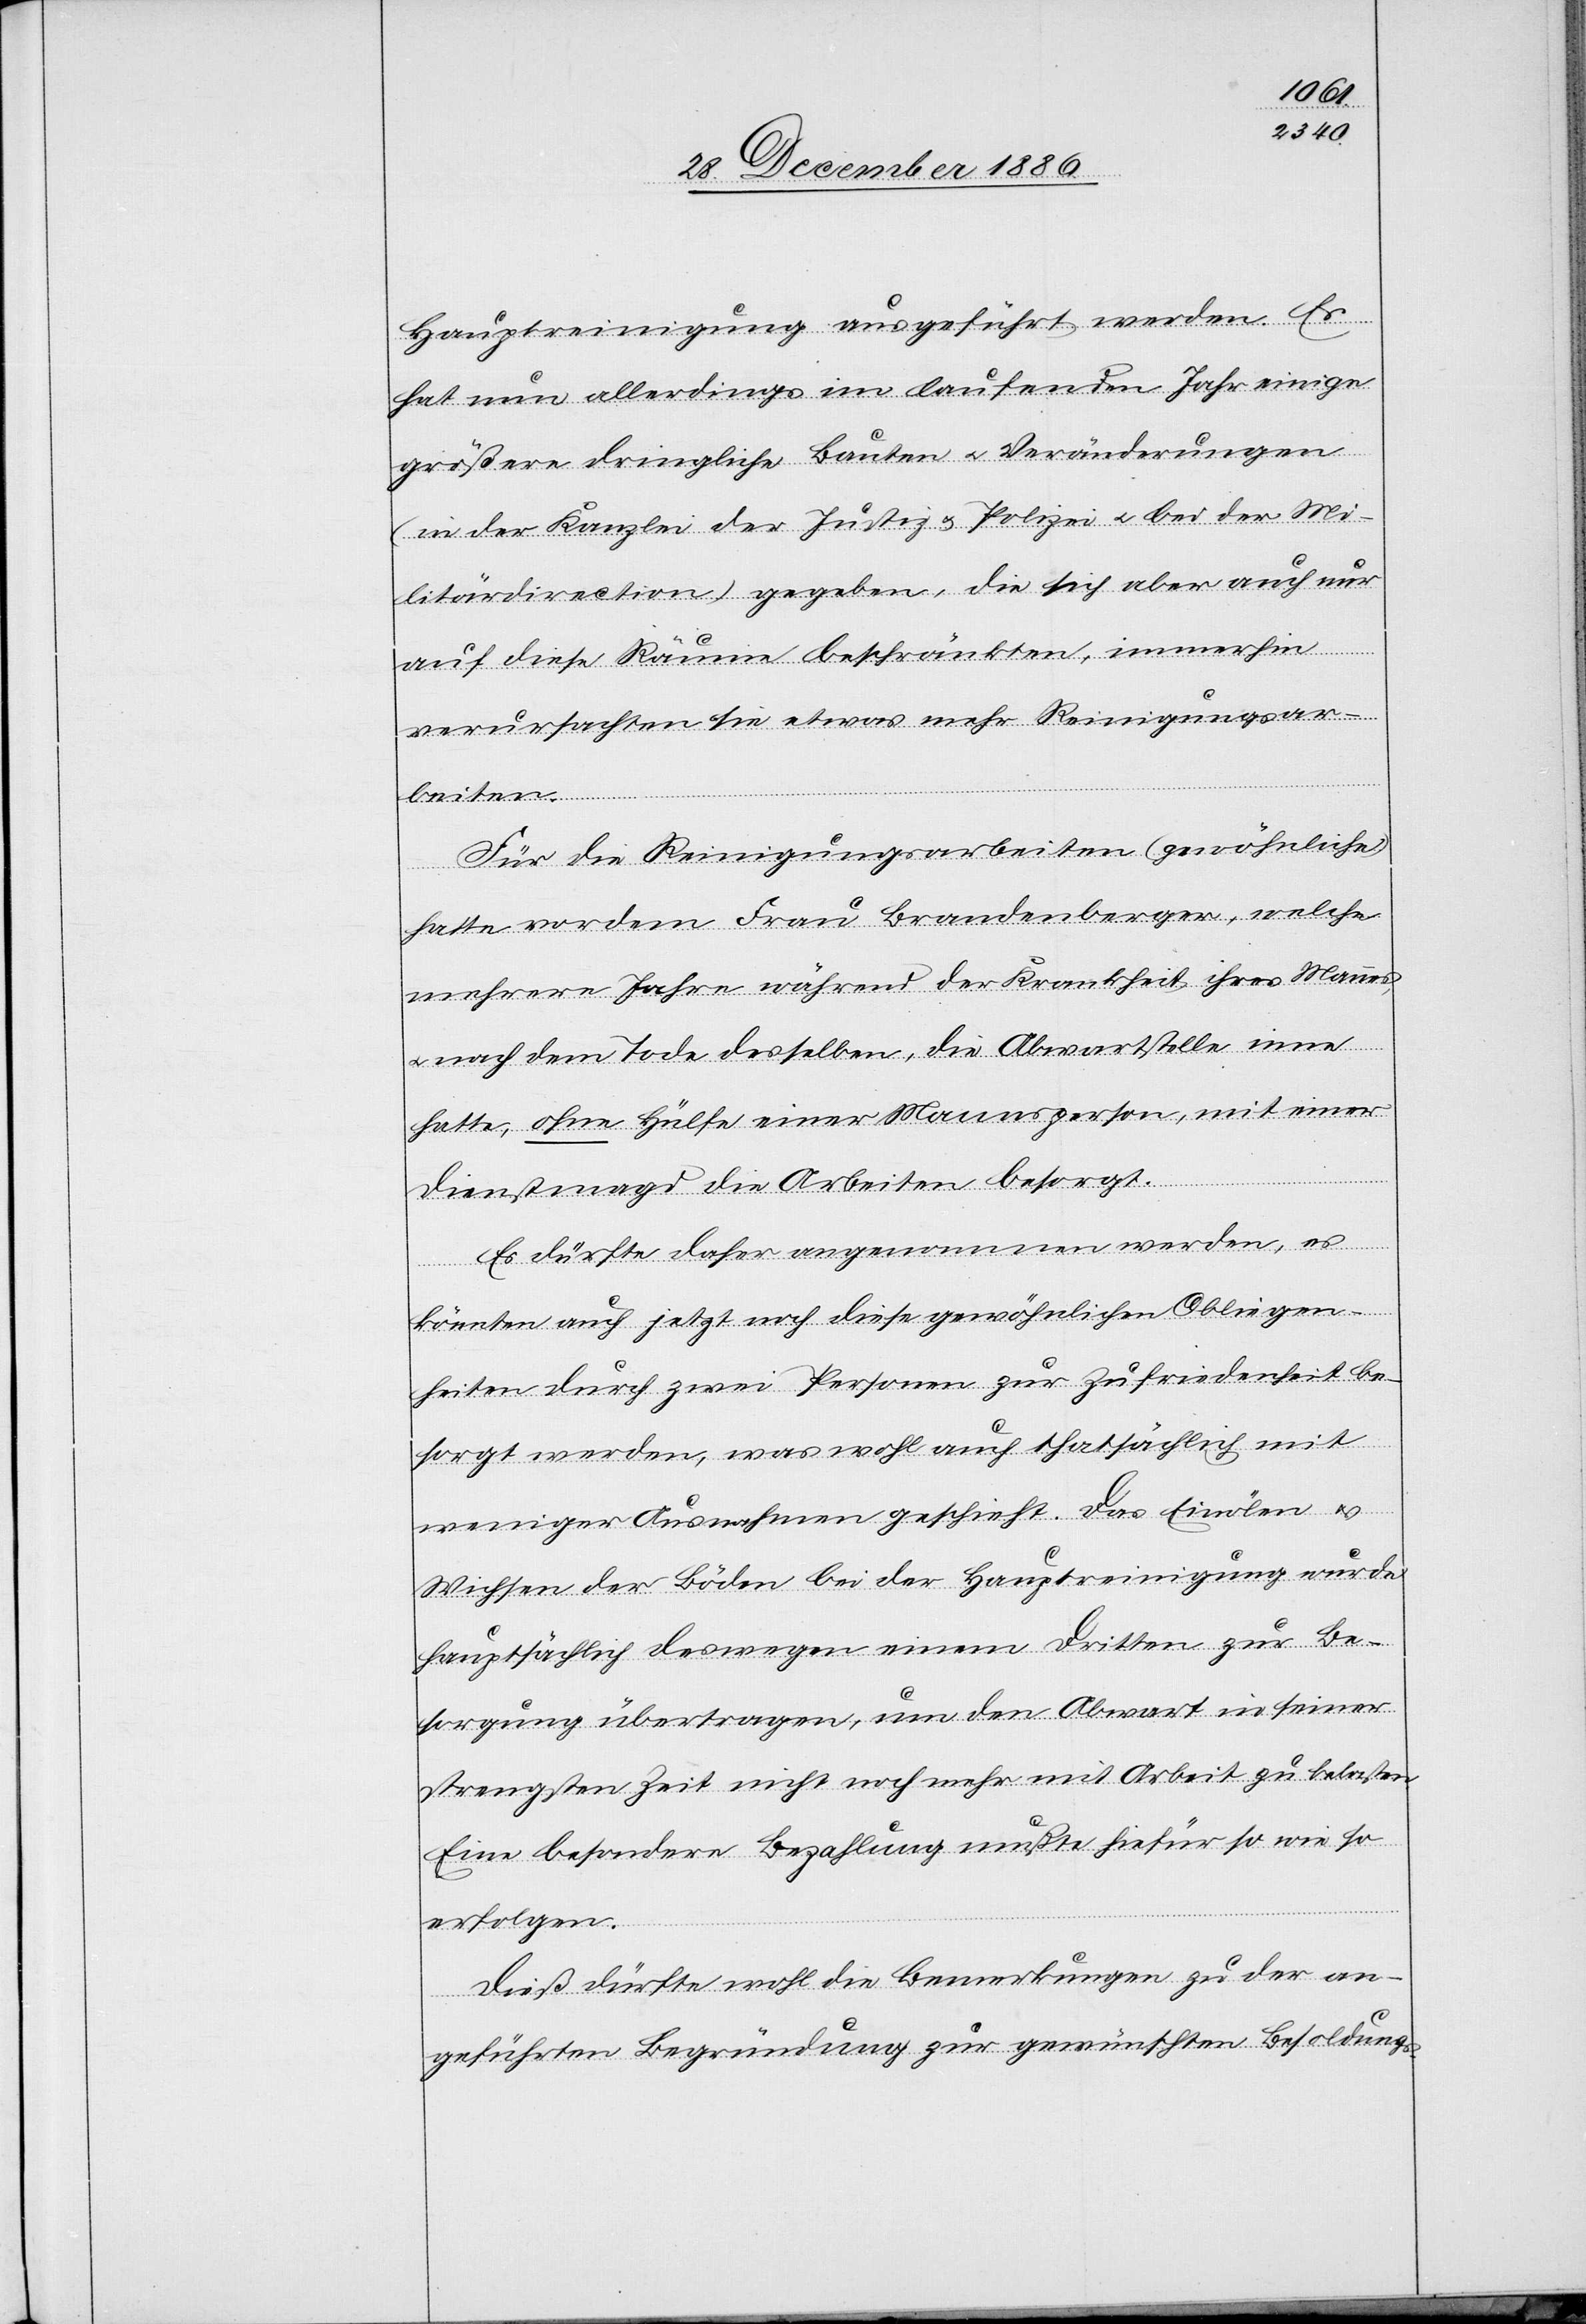
Hauptreinigung ausgeführt werden. Es
hat nun allerdings im laufenden Jahr einige
größere dringliche Bauten & Veränderungen
(in der Kanzlei der Justiz & Polizei & bei der Mi¬
litärdirection) gegeben, die sich aber auch nur
auf diese Räume beschränkten, immerhin
verursachten sie etwas mehr Reinigungsar¬
beiten.
Für die Reinigungsarbeiten (gewöhnliche)
Einölen
hatte vordem Frau Brandenberger, welche
mehrere Jahre während der Krankheit ihres Mannes,
nach dem Tode desselben, die Abwartstelle inne
hatte, ohne Hülfe einer Mannsperson, mit einer
Dienstmagd die Arbeiten besorgt.
Es dürfte daher angenommen werden, es
könnten auch jetzt noch diese gewöhnlichen Obliegen¬
heiten durch zwei Personen zur Zufriedenheit be¬
sorgt werden, was wohl auch thatsächlich mit
&
Wichsen der Böden bei der Hauptreinigung wurde
hauptsächlich deswegen einem Dritten zur Be¬
sorgung übertragen, um den Abwart in seiner
strengsten Zeit nicht noch mehr mit Arbeit zu belasten.
Eine besondere Bezahlung mußte hiefür so wie so
erfolgen.
Dieß dürfte[n] wohl die Bemerkungen zu der an¬
geführten Begründung zur gewünschten Besoldungs-